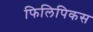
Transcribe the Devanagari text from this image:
फिलिपिकस